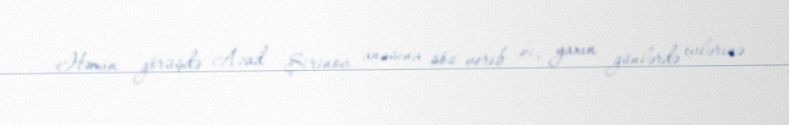
Həmin görüşdə Azad Şirinov anasına söz verib ki, yaxın günlərdə evlərinə